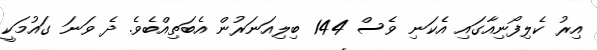
އިރު ކެލިފޯނިއާގައި އެކަނި ވެސް 144 ބިލިއަނަރުން އެބަތިއްބެވެ. ދެ ވަނަ ގައުމަކީ